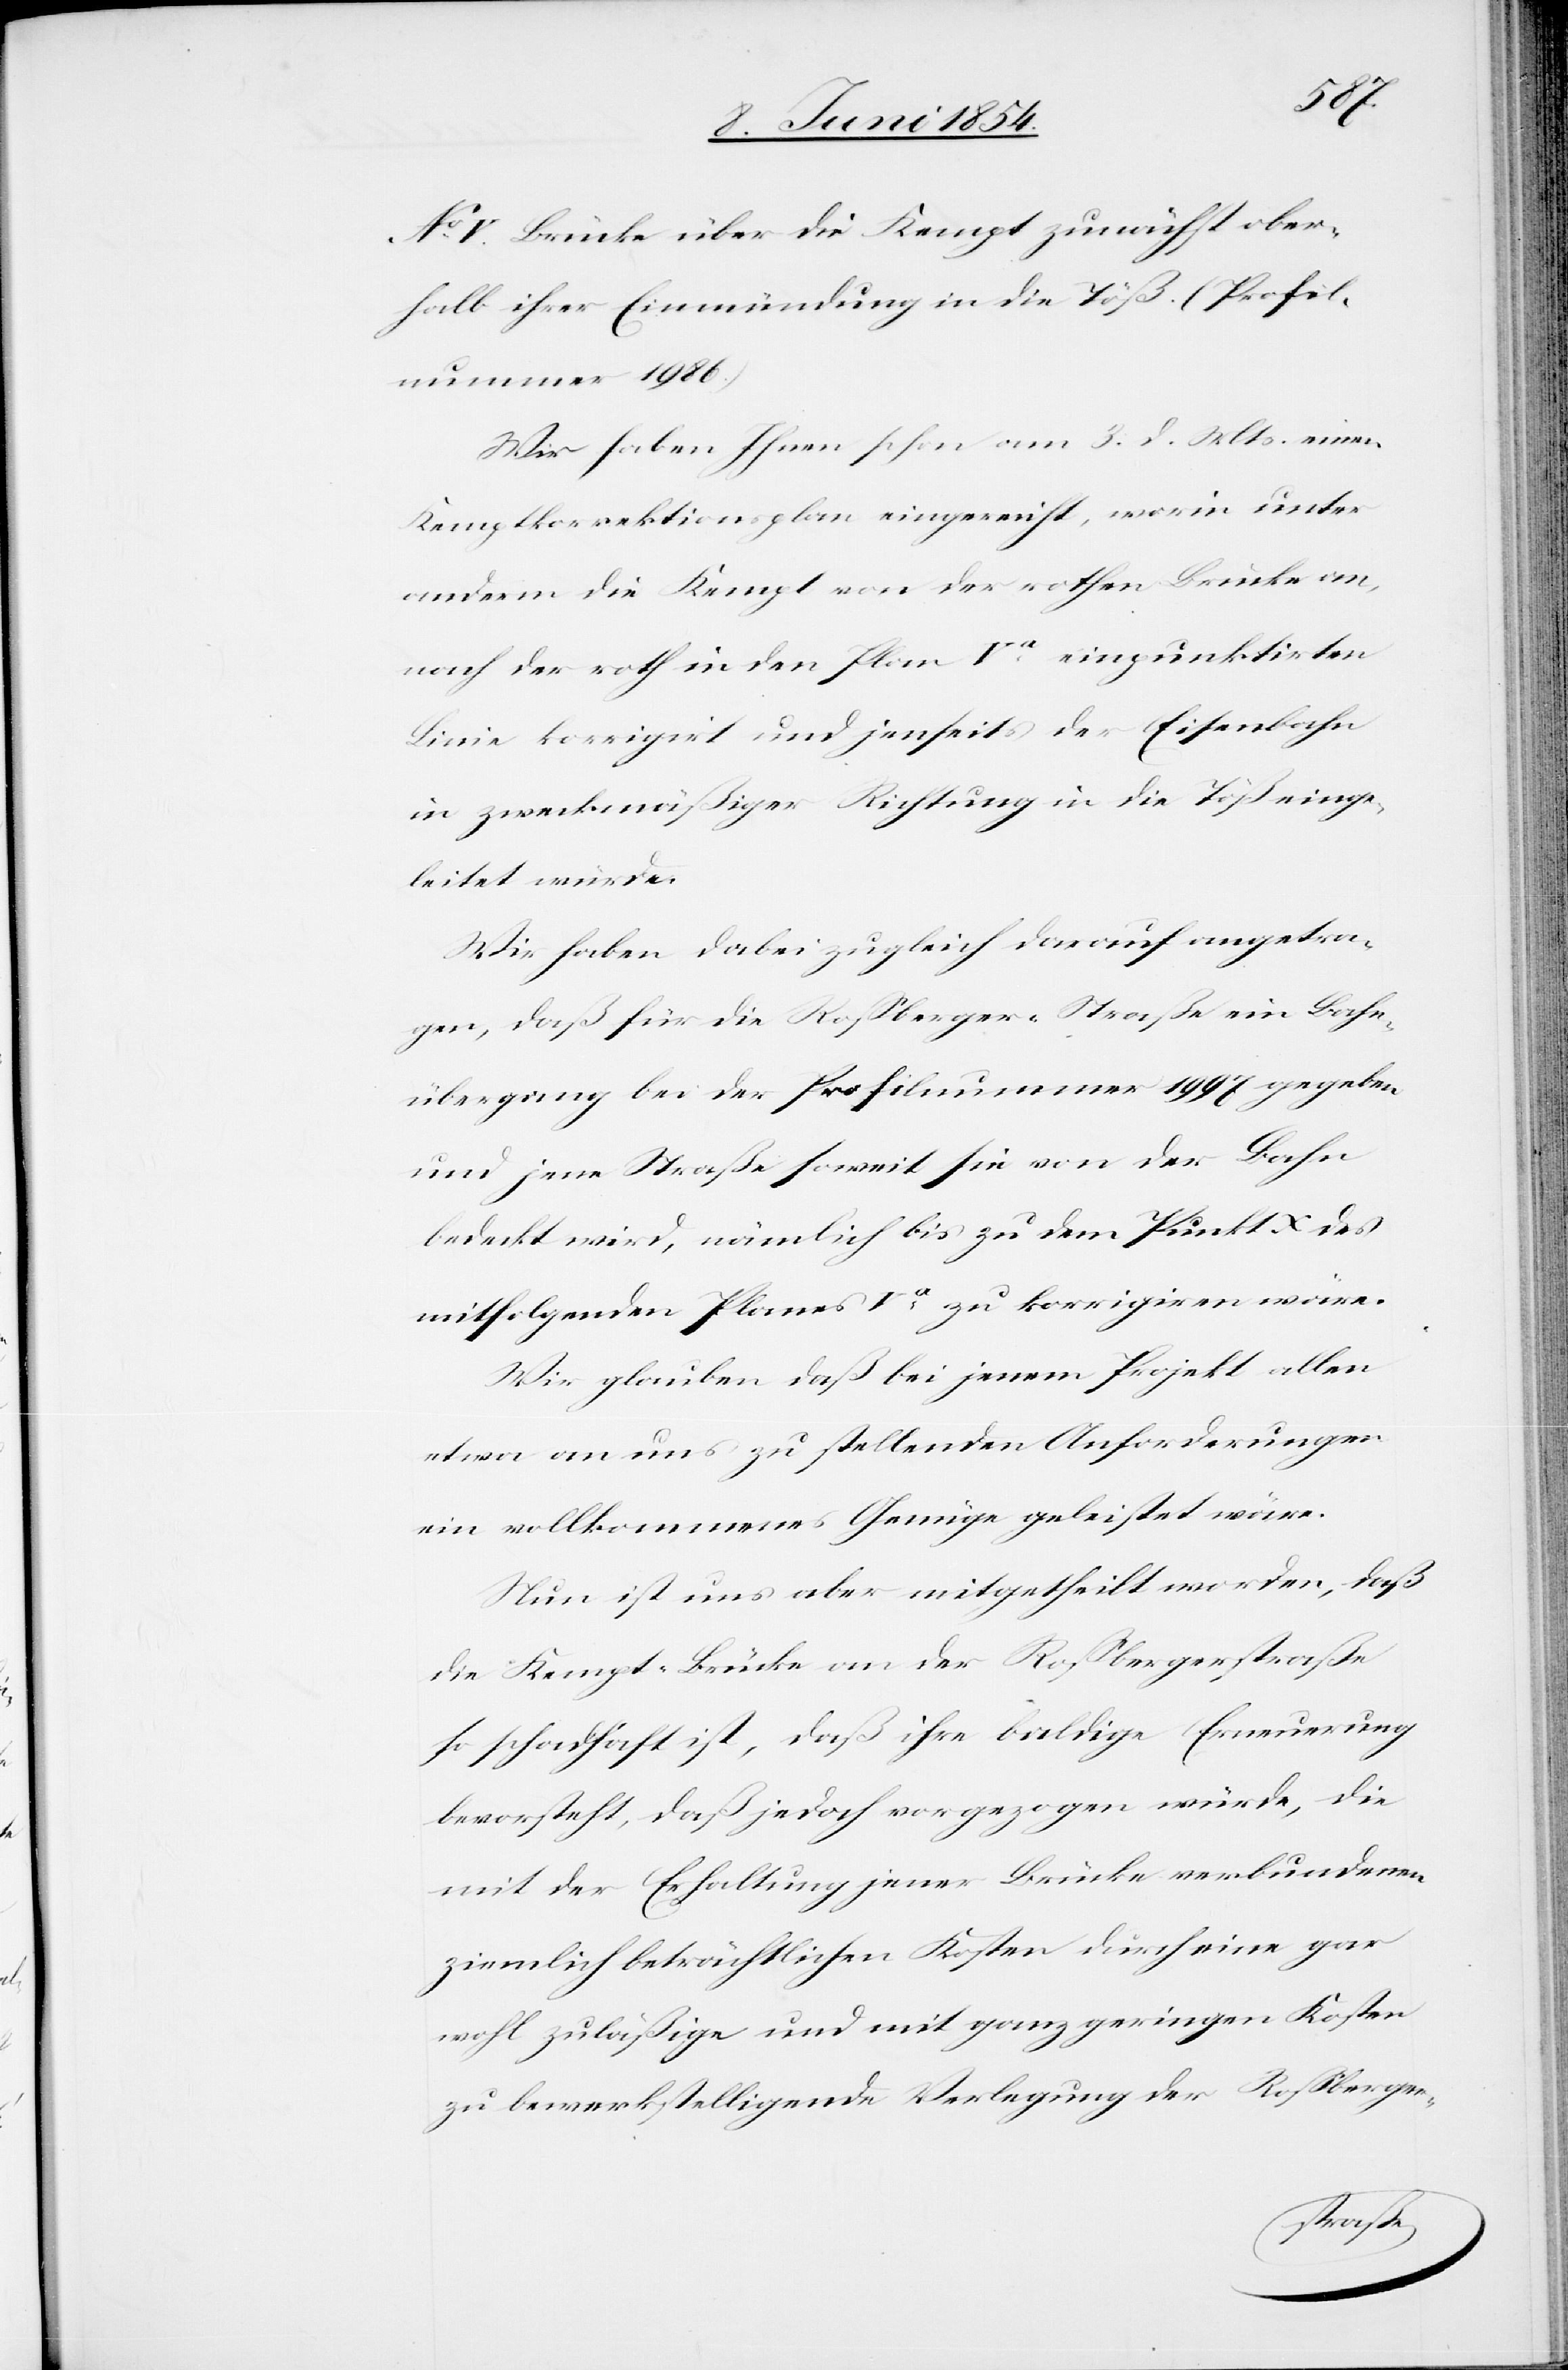
No V.
No IV.] Brücke über die Kempt zunächst ober¬
halb ihrer Einmündung in die Töß. (Profil¬
nummer 1986.)
Wir haben Ihnen schon am 3. d. Mts. einen
Kemptkorrektionsplan eingereicht, worin unter
anderm die Kempt von der rothen Brücke an,
nach der roth in den Plan Va einpunktirten
Linie korrigirt und jenseits der Eisenbahn
in zweckmäßiger Richtung in die Töß einge¬
leitet würde.
Wir haben dabei zugleich darauf angetra¬
gen, daß für die Roßberger-Straße ein Bahn¬
überfang bei der Profilnummer 1997 gegeben
und jene Straße soweit sie von der Bahn
bedeckt wird, nämlich bis zu dem Punkt X des
mitfolgenden Planes Va zu korrigiren wäre.
Wir glauben daß bei jenem Projekt allen
etwa an uns zu stellenden Anforderungen
ein vollkommenes Genüge geleistet wäre.
Nun ist uns aber mitgetheilt worden, daß
die Kempt-Brücke an der Roßbergerstraße
so schadhaft ist, daß ihre baldige Erneuerung
bevorsteht, daß jedoch vorgezogen wurde, die
mit der Erhaltung jener Brücke verbundenen
ziemlich beträchtlichen Kosten durch eine gar
wohl zuläßige und mit ganz geringen Kosten
zu bewerkstelligende Verlegung der Roßberger-